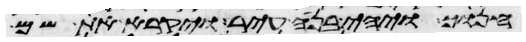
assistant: חנוך ויהי בנה עיר ויקרא את שם